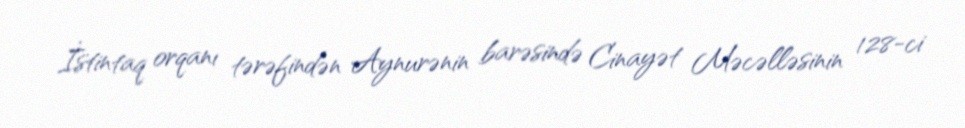
İstintaq orqanı tərəfindən Aynurənin barəsində Cinayət Məcəlləsinin 128-ci